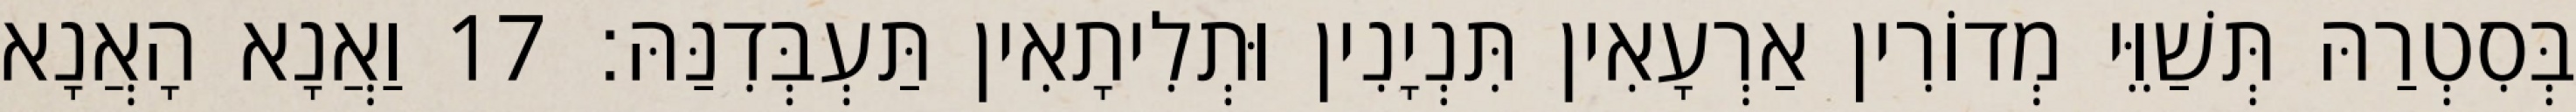
בְּסִטְרַהּ תְּשַׁוֵּי מְדוֹרִין אַרְעָאִין תִּנְיָנִין וּתְלִיתָאִין תַּעְבְּדִנַּהּ׃ 17 וַאֲנָא הָאֲנָא